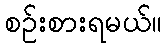
စဉ်းစားရမယ်။